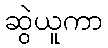
ဆွဲယူကာ